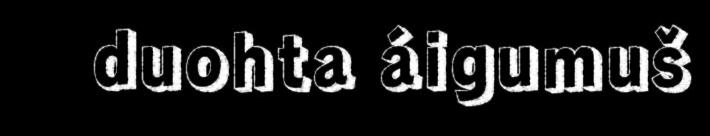
duohta áigumuš